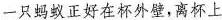
一只蚂蚁正好在杯外壁，离杯上